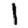
Digit: 1